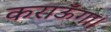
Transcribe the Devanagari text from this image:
कराऊँगा।